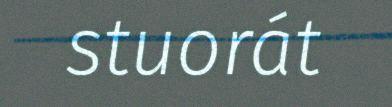
stuorát